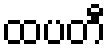
ထပတီ